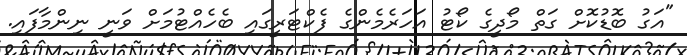
"އަގު ބޮޑުކޮށް ގަތް މޯދީގެ ކޯޓު އަހަރެމެންގެ ފެކްޓަރީގައި ބެހެއްޓުމަށް ވަނީ ނިންމާފައި.